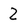
Character: Z